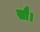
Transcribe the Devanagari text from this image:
सौ।